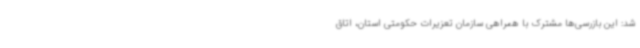
شد: این بازرسی‌ها مشترک با همراهی سازمان تعزیرات حکومتی استان، اتاق